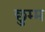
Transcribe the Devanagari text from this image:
छुम्म